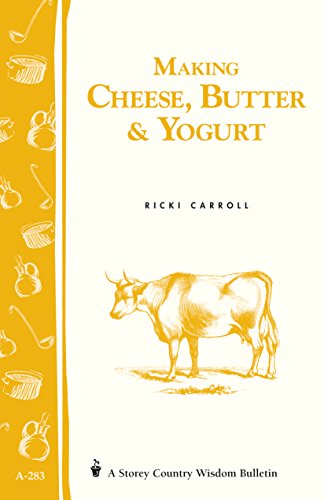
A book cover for Making Cheese, Butter & Yogurt: (Storey's Country Wisdom Bulletin A-283) (Storey Country Wisdom Bulletin); Ricki Carroll; Cookbooks, Food & Wine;